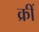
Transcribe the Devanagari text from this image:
क्रीं